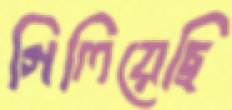
গিলিয়েছি